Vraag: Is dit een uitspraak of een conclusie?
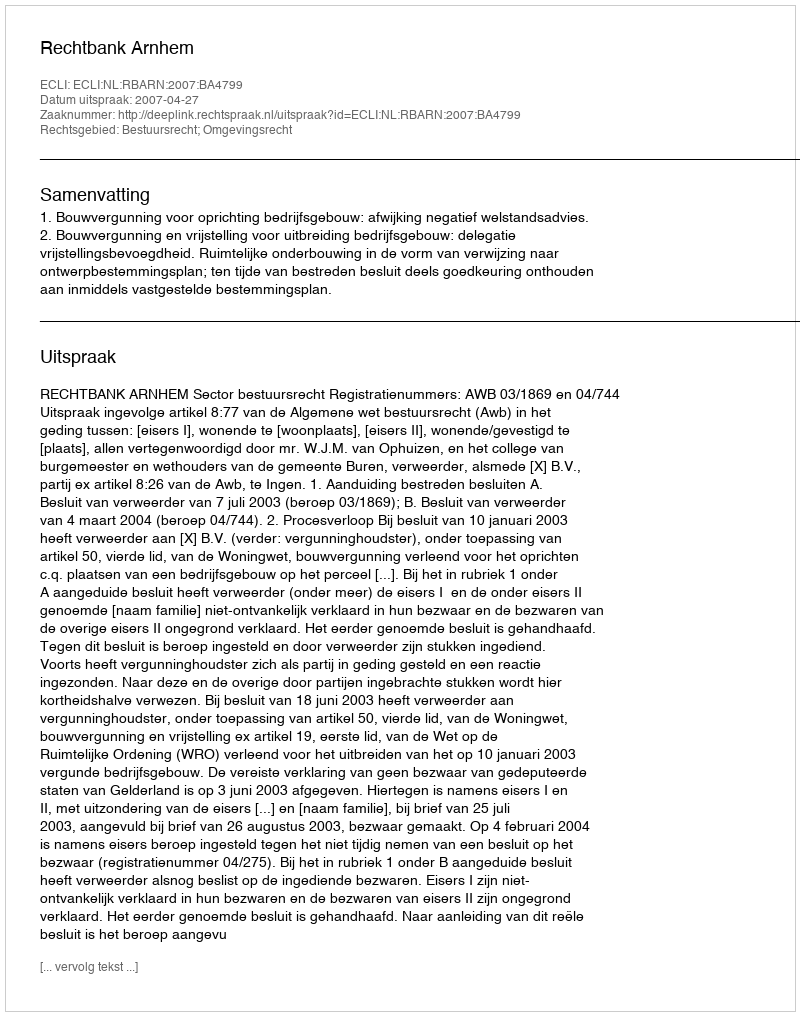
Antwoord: Uitspraak